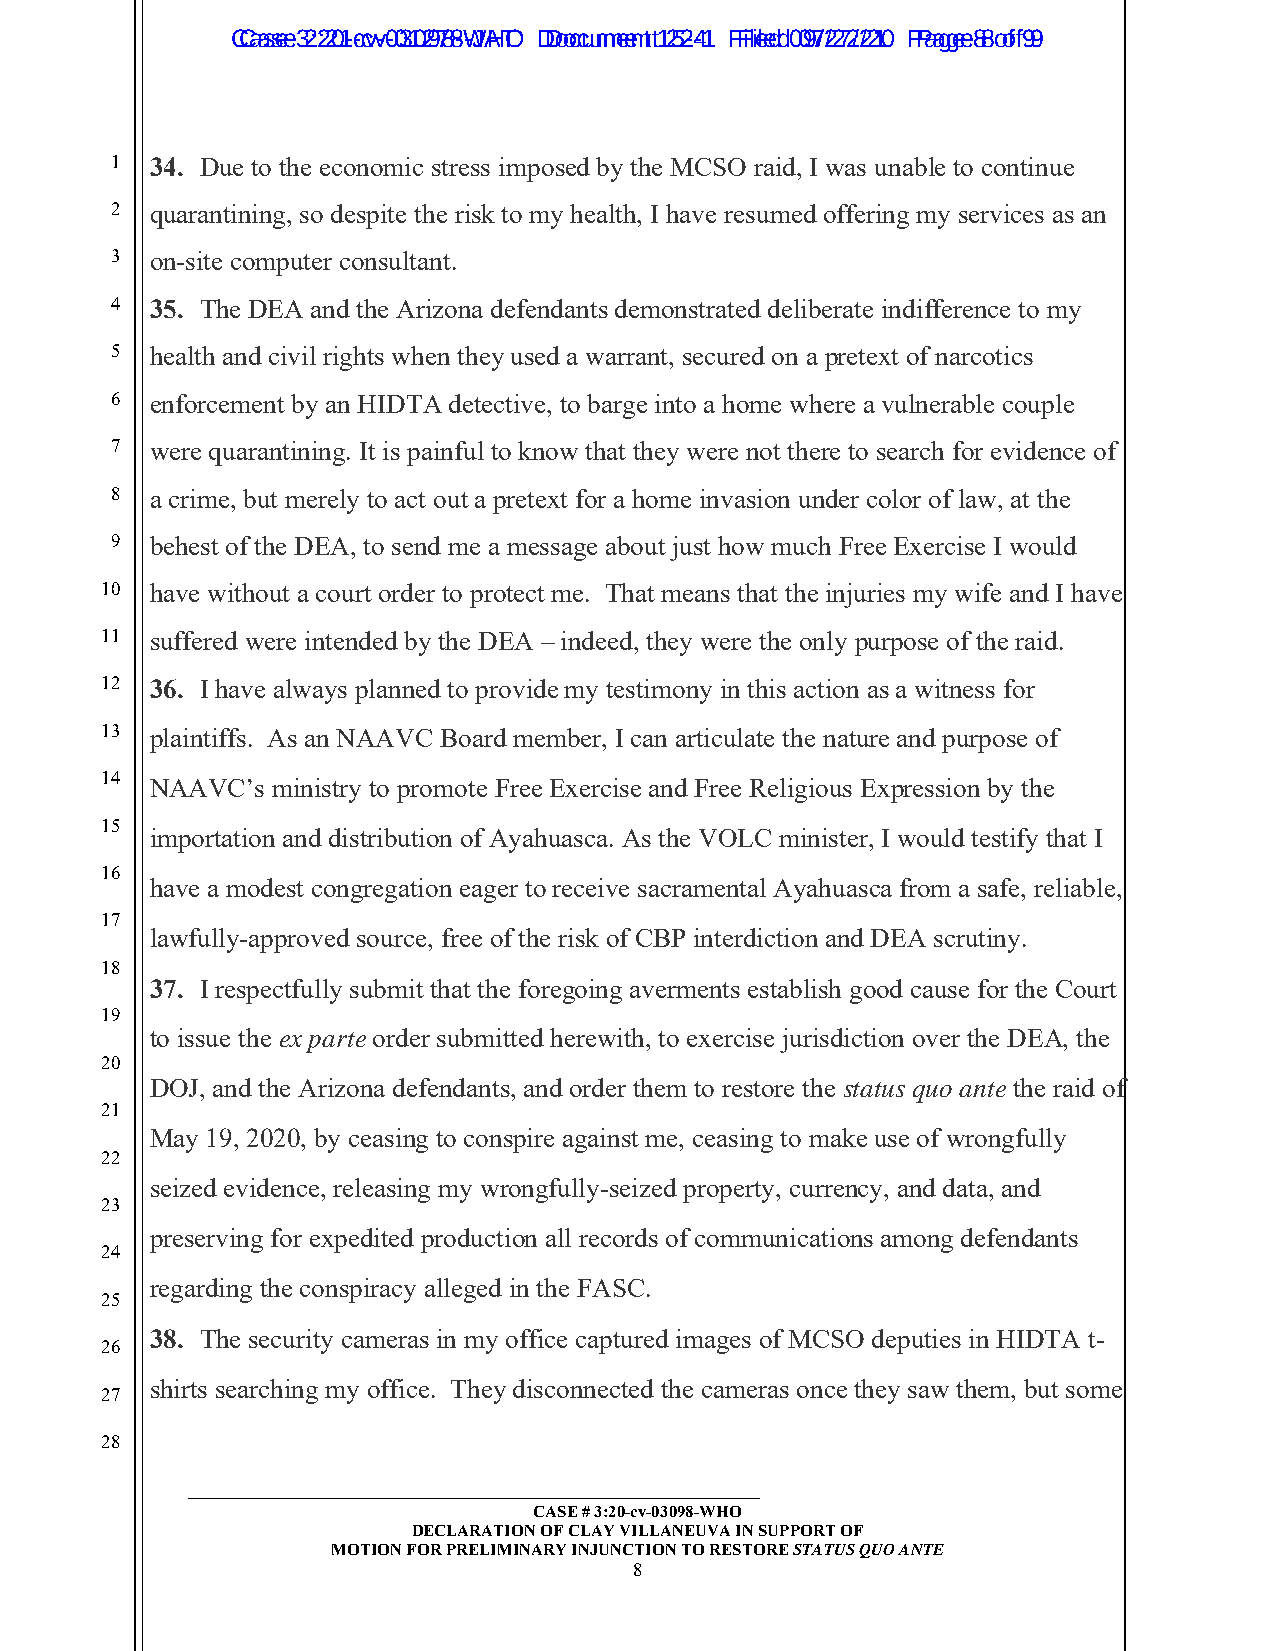
CCaassee 3 2:2:201--ccvv--0031029788--WJAHTO D Dooccuummeennt t1 252-4-1 F Filieledd 0 097/2/272/2/210 P Paaggee 8 8 o of f9 9
 1  34. Due to the economic stress imposed by the MCSO raid, I was unable to continue
 2  quarantining, so despite the risk to my health, I have resumed offering my services as an
 3  on-site computer consultant.
 4  35. The DEA and the Arizona defendants demonstrated deliberate indifference to my
 5  health and civil rights when they used a warrant, secured on a pretext of narcotics
 6  enforcement by an HIDTA detective, to barge into a home where a vulnerable couple
 7  were quarantining. It is painful to know that they were not there to search for evidence of
 8  a crime, but merely to act out a pretext for a home invasion under color of law, at the
 9  behest of the DEA, to send me a message about just how much Free Exercise I would
 10 have without a court order to protect me. That means that the injuries my wife and I have
 11 suffered were intended by the DEA – indeed, they were the only purpose of the raid.
 12 36. I have always planned to provide my testimony in this action as a witness for
 13 plaintiffs. As an NAAVC Board member, I can articulate the nature and purpose of
 14
 NAAVC’s ministry to promote Free Exercise and Free Religious Expression by the
 15
 importation and distribution of Ayahuasca. As the VOLC minister, I would testify that I
 16
 have a modest congregation eager to receive sacramental Ayahuasca from a safe, reliable,
 17
 lawfully-approved source, free of the risk of CBP interdiction and DEA scrutiny.
 18
 37. I respectfully submit that the foregoing averments establish good cause for the Court
 19
 to issue the ex parte order submitted herewith, to exercise jurisdiction over the DEA, the
 20
 DOJ, and the Arizona defendants, and order them to restore the status quo ante the raid of
 21
 May 19, 2020, by ceasing to conspire against me, ceasing to make use of wrongfully
 22
 seized evidence, releasing my wrongfully-seized property, currency, and data, and
 23
 preserving for expedited production all records of communications among defendants
 24
 regarding the conspiracy alleged in the FASC.
 25
 38. The security cameras in my office captured images of MCSO deputies in HIDTA t-
 26
 shirts searching my office. They disconnected the cameras once they saw them, but some
 27
 28
 _____________________________________________________________
 CASE # 3:20-cv-03098-WHO
 DECLARATION OF CLAY VILLANEUVA IN SUPPORT OF
 MOTION FOR PRELIMINARY INJUNCTION TO RESTORE STATUS QUO ANTE
 8